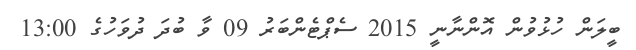
ބީލަން ހުޅުވުން އޮންނާނީ 2015 ސެޕްޓެންބަރު 09 ވާ ބުދަ ދުވަހުގެ 13:00